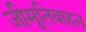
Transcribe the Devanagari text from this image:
जीमूतिवाहन